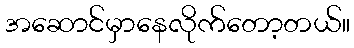
အဆောင်မှာနေလိုက်တော့တယ်။